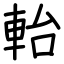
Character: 軩